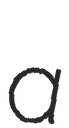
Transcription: a